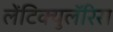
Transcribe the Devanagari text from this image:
लेंटिक्युलॅरिस